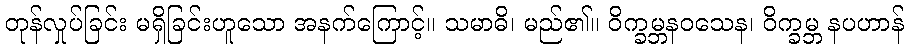
တုန်လှုပ်ခြင်း မရှိခြင်းဟူသော အနက်ကြောင့်။ သမာဓိ၊ မည်၏။ ဝိက္ခမ္ဘနဝသေန၊ ဝိက္ခမ္ဘ နပဟာန်